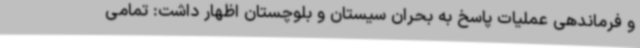
و فرماندهی عملیات پاسخ به بحران سیستان و بلوچستان اظهار داشت: تمامی